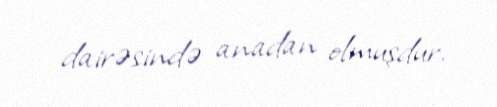
dairəsində anadan olmuşdur.